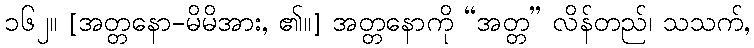
၁၆၂။ [အတ္တနော-မိမိအား, ၏။] အတ္တနောကို “အတ္တ” လိန်တည်၊ သသက်,